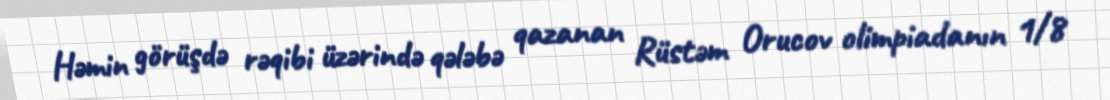
Həmin görüşdə rəqibi üzərində qələbə qazanan Rüstəm Orucov olimpiadanın 1/8